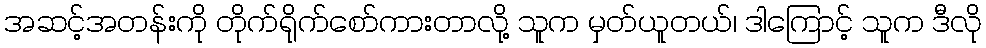
အဆင့်အတန်းကို တိုက်ရိုက်စော်ကားတာလို့ သူက မှတ်ယူတယ်၊ ဒါကြောင့် သူက ဒီလို